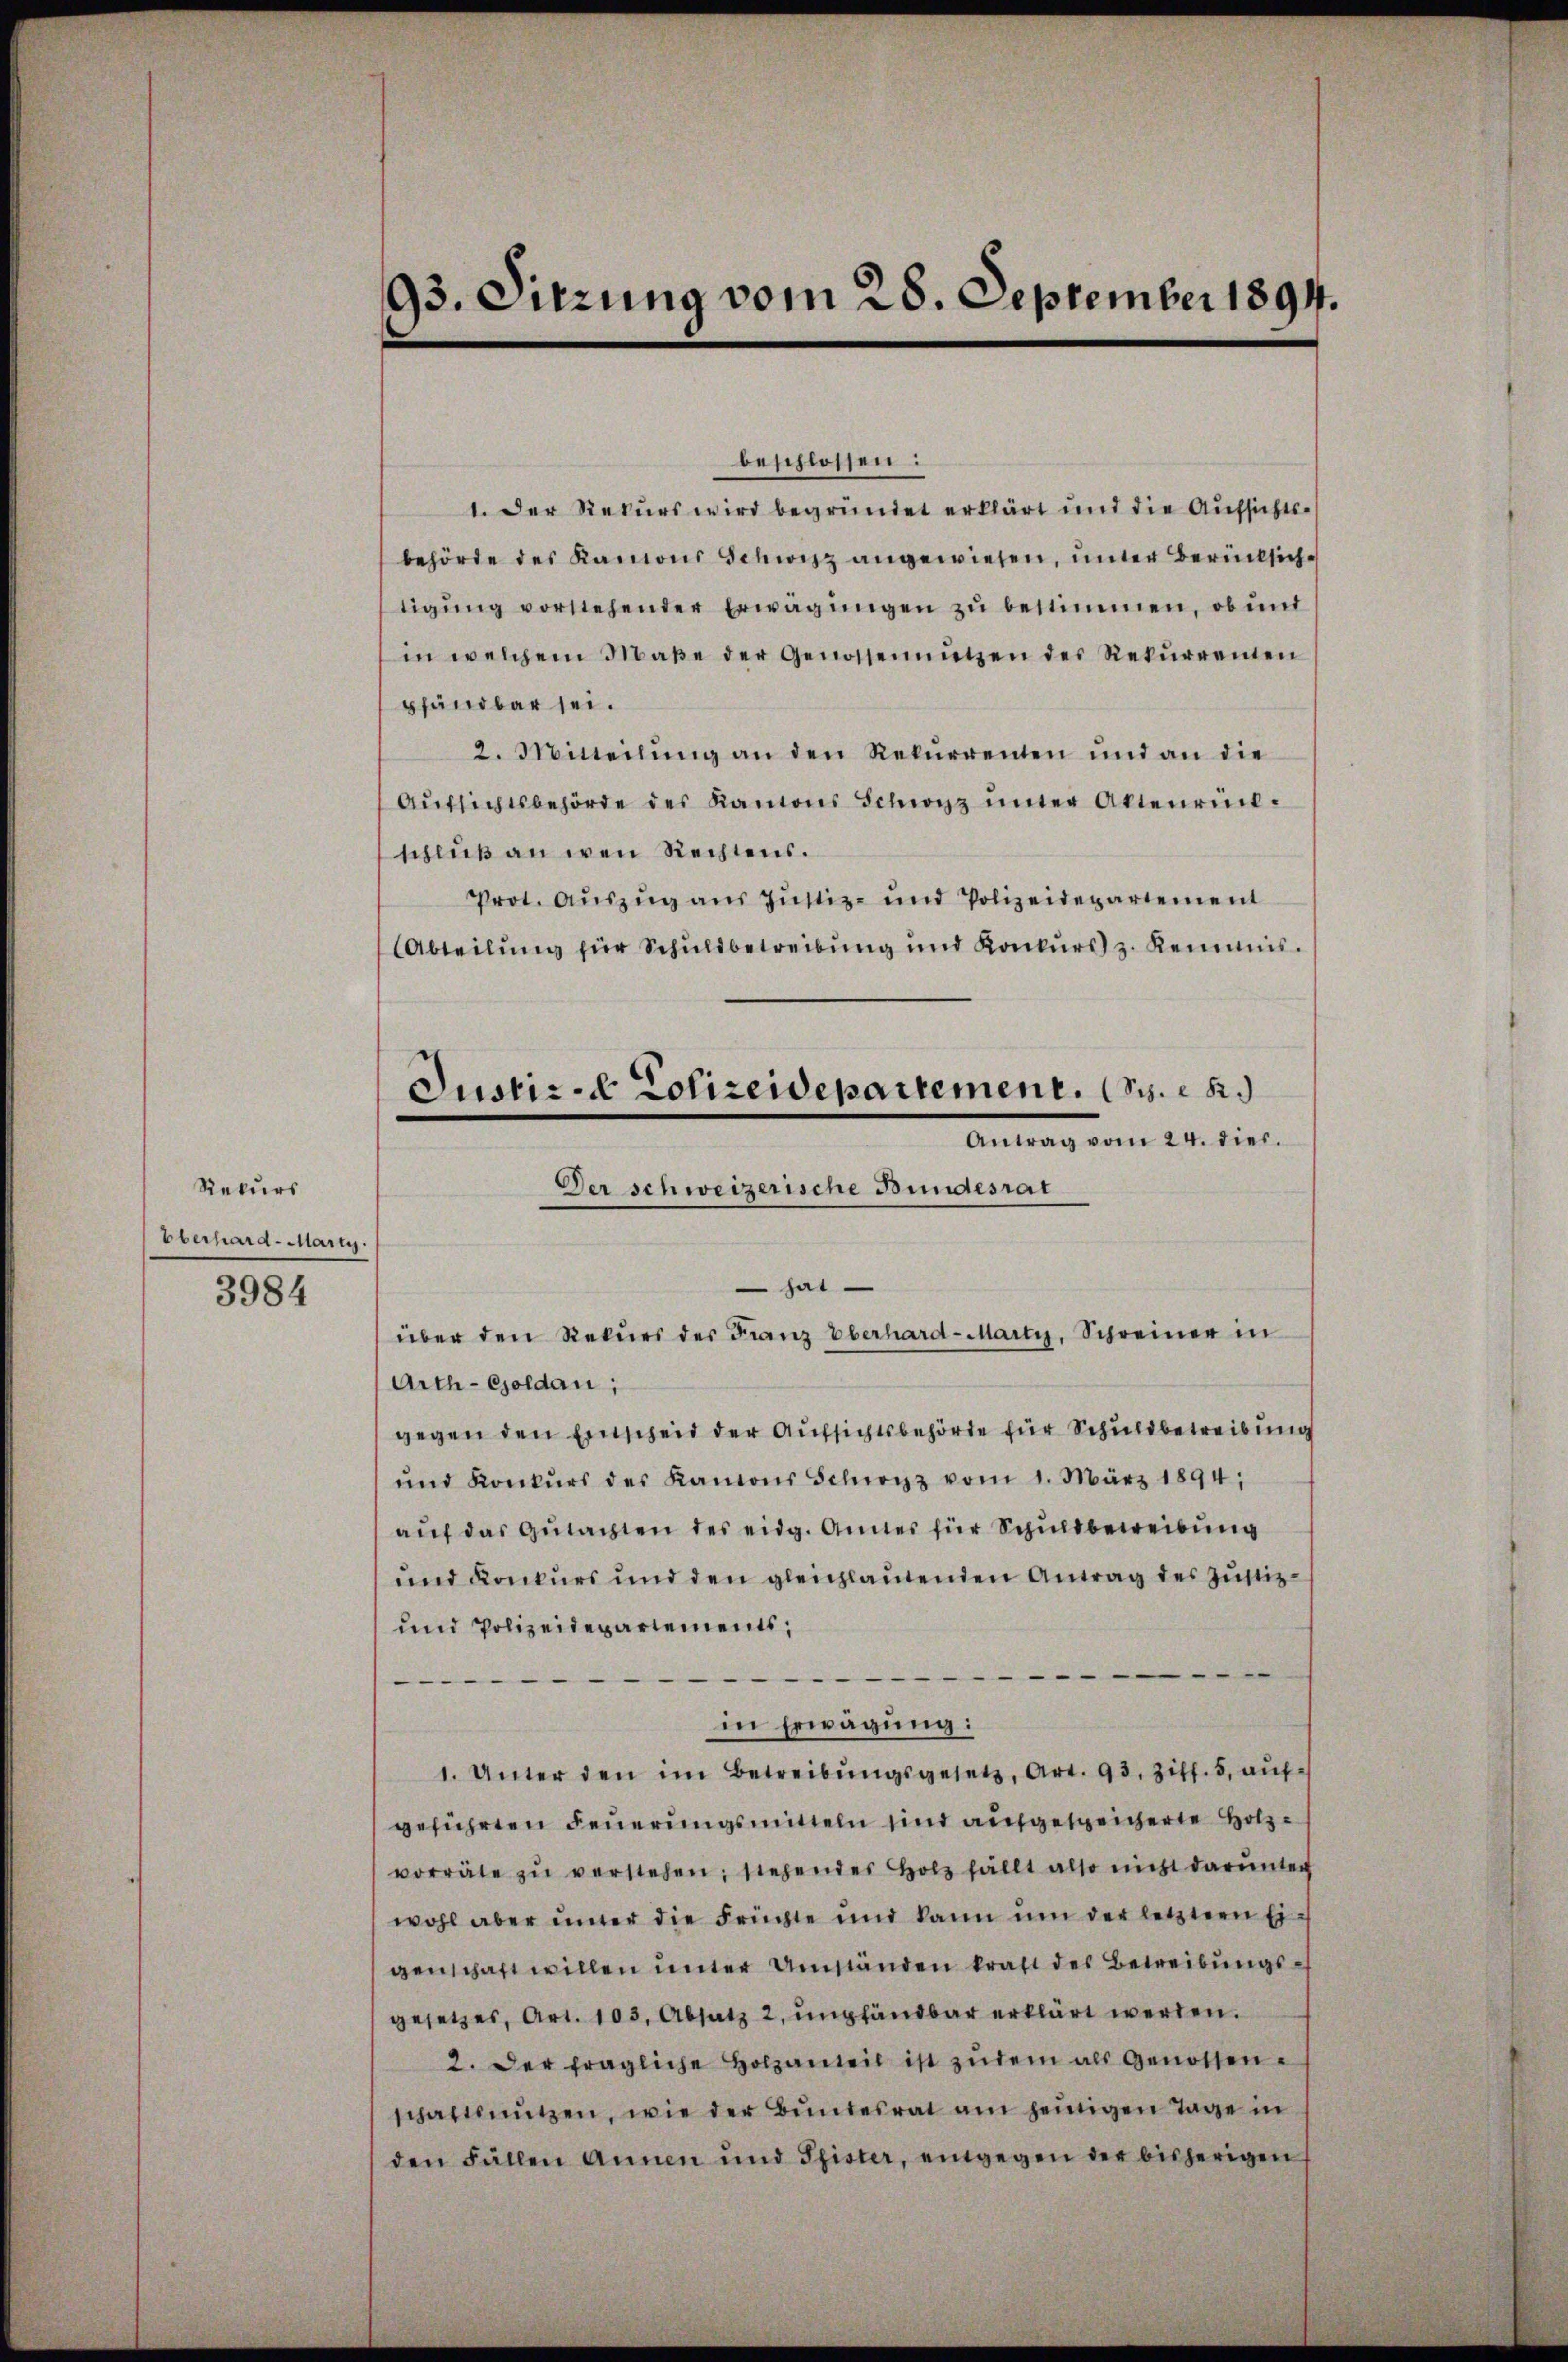
Rekurs
Oberhard-Mart.
3984

93. Sitzung vom 28. September 1894.

beschlossen:
1. Der Rekurs wird begründet erklärt und die Aufsichts-
behörde des Kanons Schwitz angewiesen, unter Berücksichtigŭng vorstehender Erwägŭngen zŭ bestimmen, ob und
in welchem Maβe der Genossennützen des Rekŭrrenten
pfandbar sei.
2. Mitteilŭng an den Rekurrenten und an die
Aŭfsichtsbehörde des Kantons Schwyz ŭnter Aktenrück-
schluß an den Rechtens.
Prot. Auszug aus Justiz- und Polizeidepartement
Abteilung für Schuldbetreibung und Konkurs z. Kemnis.
Der schweizerische Bundesrat
hat
über den Rekurs der Franz Oberhard-Marty, Schreiner in
Arth-Goldau,
gegen den Einscheid der Aufsichtsbehörde für Schuldbetreibung
ŭnd Konkŭrs des Kantons Schwyz vom 1. März 1894;
auf das Gutachten des eidg. Amtes für Schuldbeweibung
und Konkurs und den gleichlautenden Antrag des Justiz¬
und Polizeidepartements,

e
in Erwägung:
1. Unter den im Betreibŭngsgesetz, Art. 93. Ziff. 5, aufgeführten Feuerungsmitteln sind aufgespeicherte Holzvorräte zŭ verstehen; siehendes Holz fällt also nicht darunter
wohl aber inter die Früchte und kann ŭm der letztern Ei-
genschaft willen unter Umständen kraft des Betreibungsgesetzes, Art. 103, Absatz 2, empfändbar erklärt werden.
2. Der fragliche Holzanteil ist zudem als Genossenschaft nŭtzen, wie der Bundesrat am heinigen Tage in
den Fällen Annen und Pfister, eingegen der bisherigen

Justice Polizeidepartement. S.
Antrag vom 24. viel.